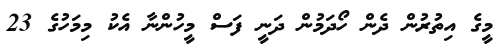
މީގެ އިތުރުން ދެން ހޯދަމުން ދަނީ ފަސް މީހުންނާ އެކު މިމަހުގެ 23